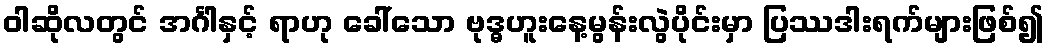
ဝါဆိုလတွင် အင်္ဂါနှင့် ရာဟု ခေါ်သော ဗုဒ္ဓဟူးနေ့မွန်းလွဲပိုင်းမှာ ပြဿဒါးရက်များဖြစ်၍